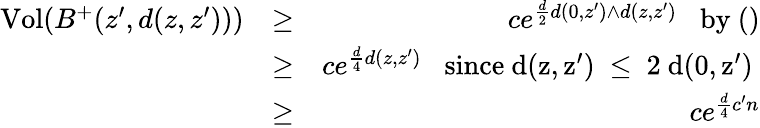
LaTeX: \begin{array}{rlr}{\mathrm{Vol}(B^{+}(z^{\prime},d(z,z^{\prime})))}&{\geq}&{ce^{\frac{d}{2}d(0,z^{\prime})\wedge d(z,z^{\prime})}\; \; \mathrm{~by~()}}\\ &{\geq}&{ce^{\frac{d}{4}d(z,z^{\prime})}\; \; \mathrm{~since~d(z,z')~\leq~2~d(0,z')~}}\\ &{\geq}&{ce^{\frac{d}{4}c^{\prime}n}}\end{array}